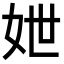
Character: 𡛶